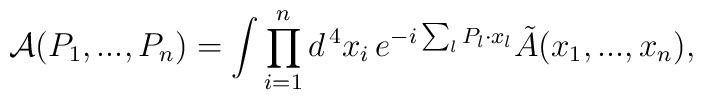
{\cal A} (P_1, ... , P_n) = \int \prod_{i = 1}^n d^{\, 4} x_i \, e^{- i \sum_{l} P_l \cdot x_l} \tilde{A} (x_1, ... , x_n) ,